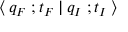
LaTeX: \: \langle \: q _ { F } \; ; t _ { F } \: | \: q _ { I } \; ; t _ { I } \: \rangle \: